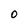
Character: 0